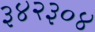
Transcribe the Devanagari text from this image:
३४२३०४